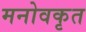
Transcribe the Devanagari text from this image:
मनोवकृत